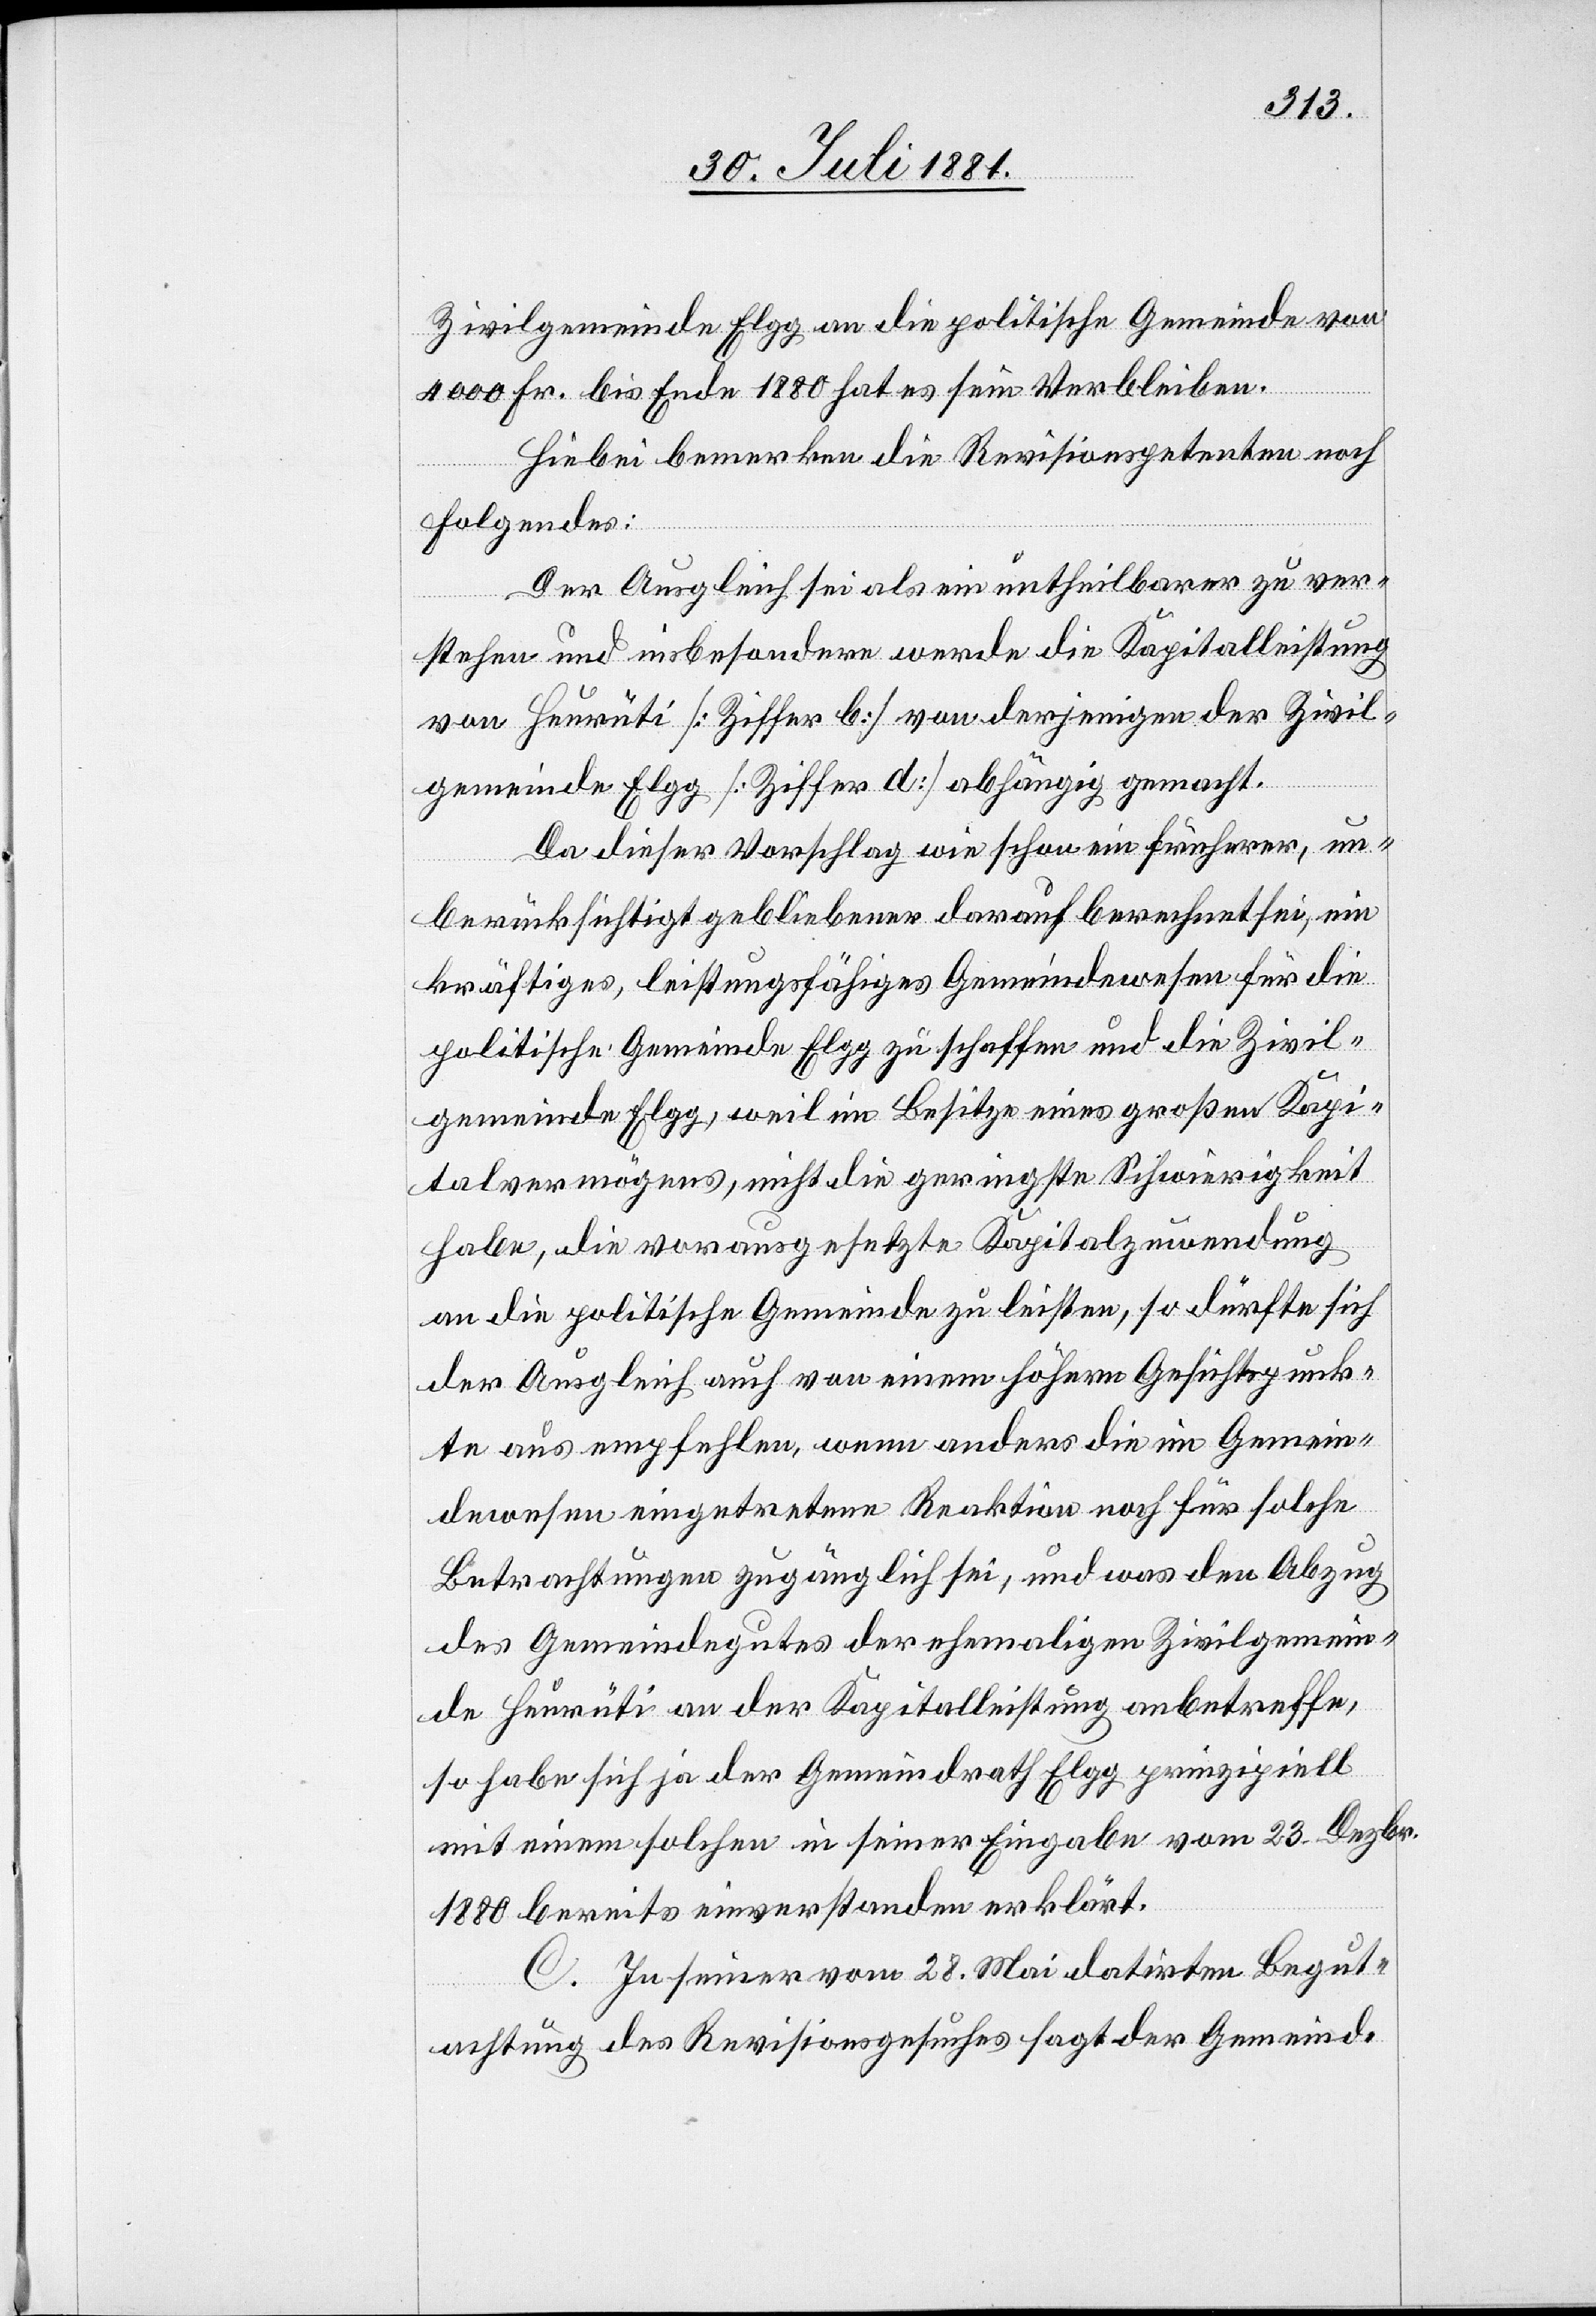
Zivilgemeinde Elgg an die politische Gemeinde von
4000 Fr. bis Ende 1880 hat es sein Verbleiben.
Hiebei bemerken die Revisionspetenten noch
Folgendes:
Der Ausgleich sei als ein untheilbarer zu ver¬
stehen und insbesondere werde die Kapitalleistung
von Heurüti [Ziffer b] von derjenigen der Zivil¬
gemeinde Elgg [Ziffer d] abhängig gemacht.
Da dieser Vorschlag wie schon ein früherer, un¬
berücksichtigt gebliebener darauf berechnet sei, ein
kräftiges, leistungsfähiges Gemeindewesen für die
politische Gemeinde Elgg zu schaffen und die Zivil¬
gemeinde Elgg, weil im Besitze eines großen Kapi¬
talvermögens, nicht die geringste Schwierigkeit
habe, die vorausgesetzte Kapitalzuwendung
an die politische Gemeinde zu leisten, so dürfte sich
der Ausgleich auch von einem höhern Gesichtspunk¬
te aus empfehlen, wenn anders die im Gemein¬
dwesen eingetretene Reaktion noch für solche
Betrachtungen zugänglich sei, und was den Abzug
des Gemeindegutes der ehemaligen Zivilgemein¬
de Heurüti an der Kapitalleistung anbetreffe,
so habe sich ja der Gemeindrath Elgg, prinzipiell
mit einem solchen in seiner Eingabe vom 23. Dezbr.
1880 bereits einverstanden erklärt.
C. In seiner vom 28 Mai datirten Begut¬
achtung des Revisionsgesuches sagt der Gemeind-